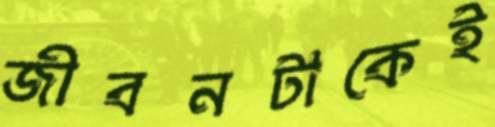
জীবনটাকেই